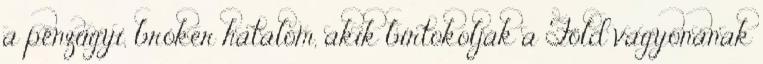
a pénzügyi, bróker hatalom, akik birtokolják a Föld vagyonának